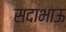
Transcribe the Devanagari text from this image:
सदाभाऊ